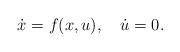
LaTeX: \begin{align*}\dot{x} = f(x,u),\quad\dot{u}=0.\end{align*}